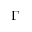
\Gamma